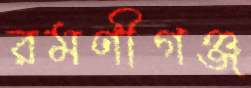
রমণীগঞ্জ